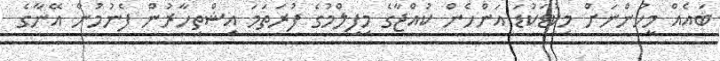
ބައެއް މީހުންނަށް މިކުޑަކުޑަ އަންހެން ކުއްޖާގެ މިފިލްމުގެ ފުރަތަމަ އިޝްތިހާރުން ފެނުމުން އޭނާގެ